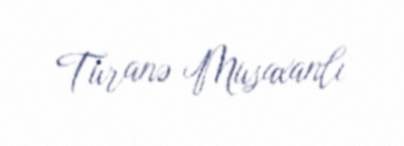
Turanə Musaxanlı